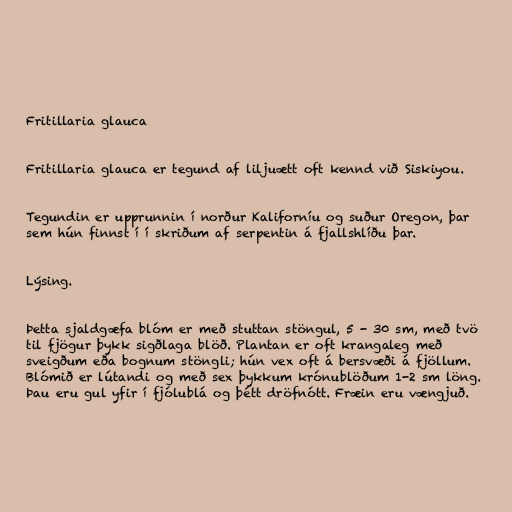
Fritillaria glauca

Fritillaria glauca er tegund af liljuætt oft kennd við Siskiyou.

Tegundin er upprunnin í norður Kaliforníu og suður Oregon, þar
sem hún finnst í í skriðum af serpentin á fjallshlíðu þar.

Lýsing.

Þetta sjaldgæfa blóm er með stuttan stöngul, 5 - 30 sm, með tvö
til fjögur þykk sigðlaga blöð. Plantan er oft krangaleg með
sveigðum eða bognum stöngli; hún vex oft á bersvæði á fjöllum.
Blómið er lútandi og með sex þykkum krónublöðum 1-2 sm löng.
Þau eru gul yfir í fjólublá og þétt dröfnótt. Fræin eru vængjuð.